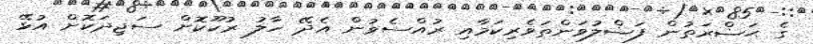
ގެ ޙަޟްރަތުން ފަޟްލުވަންތަވެރިކަމާއި ރުއްސެވުން އެދޭ ހާލު ރުކޫކޮށް ސަޖިދަކޮށް އުޅޭ